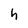
Character: h